Indian journal of veterinary science and animal husbandry - Volumes 22-23, 1952-1953
Year: 1952
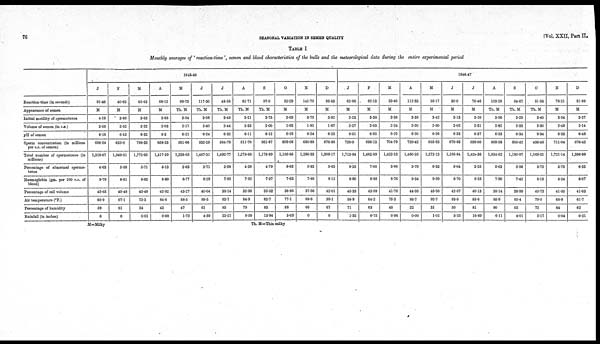
76
SEASONAL VARIATION IN SEMEN QUALITY
[Vol.
XXII, Part II,
TABLE I
Monthly averages of 'reaction-time', semen and blood characteristics of the bulls and the meteorological data during the entire experimental period
Reaction-time (in seconds)
Appearance of semen
Initial motility of spermatozoa
Volume of semen (in c.c.)
pH of semen
Sperm concentration (in millions
per c.c. of semen)
Total number of spermatozoa (in
millions)
Percentage of abnormal sperma-
tozoa
Haemoglobin (gm. per 100 c.c. of
blood)
Percentage of cell volume
Air temperature (°F.)
Percentage of humidity
Rainfall (in inches)
1945-46
J
91.46
M
4.19
2.05
6.18
698.54
1,318.67
4.63
8.79
45.65
60.9
59
0
F
40.63
M
3.85
2.52
6.15
625.0
1,549.51
5.88
8.91
45.48
67.1
61
0
M
65.63
M
3.63
2.22
6.32
788.33
1,772.95
5.71
8.82
43.49
73.3
34
0.01
A
69.12
M
3.65
2.03
6.3
658.33
1,417.39
5.13
8.89
42.92
84.8
42
0.68
M
69.73
Th. M
3.54
2.17
6.21
591.66
1,338.65
2.63
8.77
43.27
88.5
47
1.72
J
117.50
Th. M
3.08
2.40
6.24
532.29
1,467.31
3.71
8.29
40.04
89.5
61
4.59
J
48.58
Th. M
3.48
2.44
6.32
564.79
1,492.77
2.58
7.89
38.14
83.7
85
22.21
A
81.71
Th. M
3.21
2.33
6.11
511.70
1,275.68
4.38
7.82
32.99
84.9
79
8.59
S
97.0
Th. M
3.75
2.00
6.12
561.87
1,178.99
4.79
7.37
35.52
82.7
83
13.94
O
52.29
M
3.69
1.93
6.19
609.08
1,165.85
8.63
7.63
36.96
77.1
68
5.03
N
141.75
M
3.75
1.91
6.24
680.88
1,296.33
5.33
7.88
37.56
68.6
66
0
D
95.83
M
3.92
1.87
6.23
676.88
1,309.17
5.63
8.12
42.01
59.1
67
0
1946-47
J
62.96
M
3.23
2.27
6.51
720.0
1,713.84
9.25
8.90
45.33
58.9
71
1.32
F
82.13
M
3.38
2.03
6.52
698.13
1,482.89
7.00
8.85
43.99
64.2
63
0.75
M
33.46
M
3.38
2.24
6.29
704.79
1,422.13
3.96
8.76
41.76
75.3
45
0.96
A
112.33
M
3.38
2.20
6.20
720.42
1,450.25
5.79
9.34
44.95
86.7
22
0.00
M
36.17
M
3.42
2.00
6.26
665.63
1,272.13
6.33
9.59
45.95
92.7
31
1.01
J
30.0
M
3.13
2.02
6.33
670.83
1,195.84
5.04
8.70
42.67
93.5
50
5.25
J
76.46
M
3.10
2.31
6.37
636.00
l,428.36
3.25
8.25
40.13
85.6
81
16.89
A
103.28
Th. M
3.56
2.82
6.33
569.58
1,834.62
5.63
7.90
38.14
85.9
80
6.11
S
54.67
Th. M
3.29
2.33
6.34
500.42
1,180.97
3.96
7.42
38.99
85.4
65
4.01
0
51.53
Th. M
3.40
2.30
6.34
456.46
1,069.31
5.75
8.18
40.73
79.0
72
5.17
N
78.21
M
3.54
2.49
6.33
711.04
1,721.14
5.75
8.24
41.55
68.9
64
0.04
D
91.88
M
3.27
2.14
6.48
676.42
1,386.99
6.33
8.07
41.03
61.7
62
0.21
M=Milky
Th. M=Thin milky